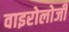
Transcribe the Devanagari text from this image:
वाइरोलोजी